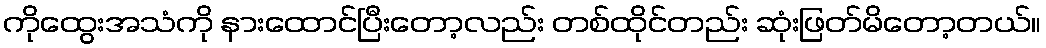
ကိုထွေးအသံကို နားထောင်ပြီးတော့လည်း တစ်ထိုင်တည်း ဆုံးဖြတ်မိတော့တယ်။